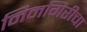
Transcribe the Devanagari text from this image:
निमगिरीचा